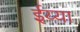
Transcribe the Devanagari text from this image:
ईय्या